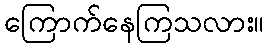
ကြောက်နေကြသလား။